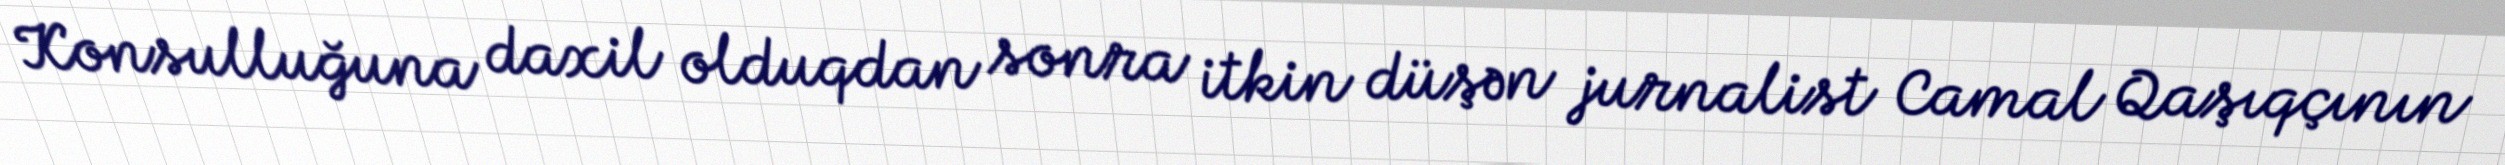
Konsulluğuna daxil olduqdan sonra itkin düşən jurnalist Camal Qaşıqçının